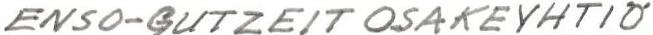
ENSO-GUTZEIT OSAKEYHTIÖ